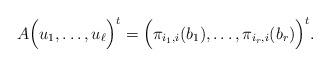
LaTeX: \begin{align*}A\Big(u_1, \dots, u_\ell \Big)^t = \Big( \pi_{i_1,i}(b_1) , \dots, \pi_{i_r, i}(b_r) \Big)^t.\end{align*}